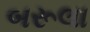
બરૂલા